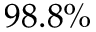
9 8 . 8 \%